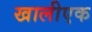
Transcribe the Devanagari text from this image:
खालीएक